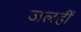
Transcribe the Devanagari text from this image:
जलहीं